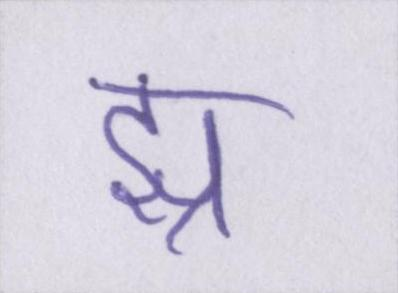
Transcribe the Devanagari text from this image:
झ्र